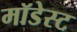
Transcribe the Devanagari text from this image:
मॉडेस्ट